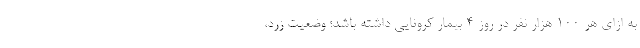
به ازای هر ۱۰۰ هزار نفر در روز ۴ بیمار کرونایی داشته باشد؛ وضعیت زرد،